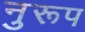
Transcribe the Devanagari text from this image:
नुरूप